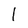
Character: I